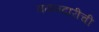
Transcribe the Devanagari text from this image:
वतनदारीची